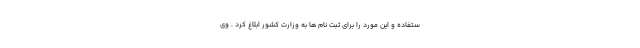
ستفاده و این مورد را برای ثبت نام ها به وزارت کشور ابلاغ کرد . وی